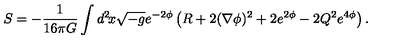
S = - \frac { 1 } { 1 6 \pi G } \int d ^ { 2 } \! x \sqrt { - g } e ^ { - 2 \phi } \left( R + 2 ( \nabla \phi ) ^ { 2 } + 2 e ^ { 2 \phi } - 2 Q ^ { 2 } e ^ { 4 \phi } \right) .